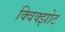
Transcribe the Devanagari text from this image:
क्विक्झोट